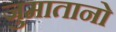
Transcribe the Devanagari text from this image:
जुमातानो